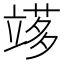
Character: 𥪫